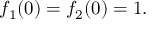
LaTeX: f _ { 1 } ( 0 ) = f _ { 2 } ( 0 ) = 1 .